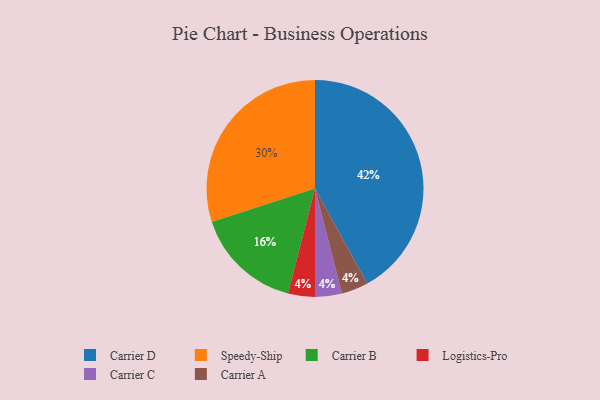
{"axis": {"x": "Category", "y": "Percentage"}, "legend": ["Carrier A", "Carrier B", "Carrier C", "Carrier D", "Logistics-Pro", "Speedy-Ship"], "data": [{"x": "Speedy-Ship", "y": 30, "type": "Speedy-Ship"}, {"x": "Logistics-Pro", "y": 4, "type": "Logistics-Pro"}, {"x": "Carrier B", "y": 16, "type": "Carrier B"}, {"x": "Carrier C", "y": 4, "type": "Carrier C"}, {"x": "Carrier D", "y": 42, "type": "Carrier D"}, {"x": "Carrier A", "y": 4, "type": "Carrier A"}]}